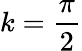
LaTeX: k=\frac{\pi}{2}